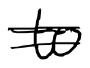
Text: to
Cross-out: double-line
Writing tool: digital_black